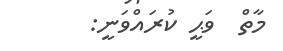
މާތް  ވަޙީ ކުރައްވަނީ: